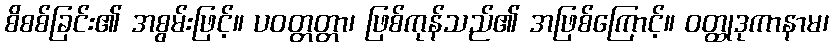
စိစစ်ခြင်း၏ အစွမ်းဖြင့်။ ပဝတ္တတ္တာ၊ ဖြစ်ကုန်သည်၏ အဖြစ်ကြောင့်။ ဝတ္ထုဒုကာနာမ၊